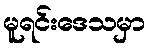
မူရင်းဒေသမှာ